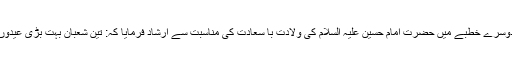
مولانا صاحب نے دوسرے خطبے میں حضرت امام حسین علیہ السلام کی ولادت با سعادت کی مناسبت سے ارشاد فرمایا کہ: تین شعبان بہت بڑی عیدوں میں سے ایک ہے۔